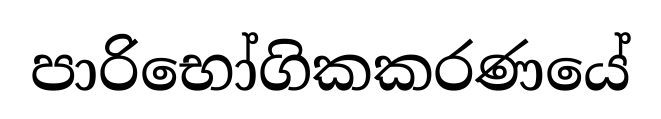
පාරිභෝගිකකරණයේ